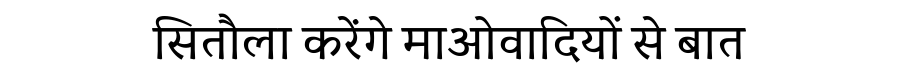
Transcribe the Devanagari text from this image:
सितौला करेंगे माओवादियों से बात